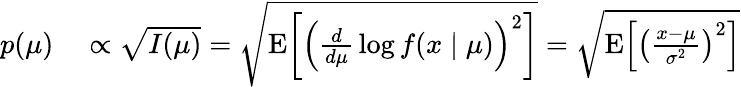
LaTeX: \begin{array}{rl}{p(\mu)}&{{}\propto{\sqrt{I(\mu)}}={\sqrt{\operatorname{E}\! \left[\left({\frac{d}{d\mu}}\log f(x\mid\mu)\right)^{2}\right]}}={\sqrt{\operatorname{E}\! \left[\left({\frac{x-\mu}{\sigma^{2}}}\right)^{2}\right]}}}\end{array}